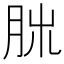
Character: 𦚃